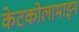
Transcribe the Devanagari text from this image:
केटकोलामाइन